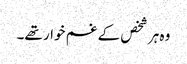
وہ ہر شخص کے غم خوار تھے۔